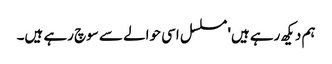
ہم دیکھ رہے ہیں' مسلسل اسی حوالے سے سوچ رہے ہیں۔